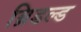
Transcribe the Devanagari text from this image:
ब्रिडल्ड